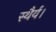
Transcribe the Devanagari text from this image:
स्थैर्य।